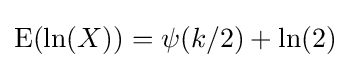
\operatorname {E} (\ln(X))=\psi (k/2)+\ln(2)